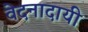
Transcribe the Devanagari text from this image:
वेदनादायी